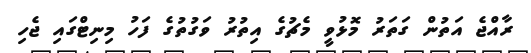
ރާއްޖެ އަތުން ގަތަރު މޮޅުވީ މެޗުގެ އިތުރު ވަގުތުގެ ފަހު މިނިޓްގައި ޖެހި